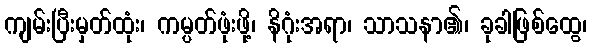
ကျမ်းပြီးမှတ်ထုံး၊ ကမ္ပတ်ဖုံးဖို့၊ နိဂုံးအရာ၊ သာသနာ၏၊ ခုခါဖြစ်ထွေ၊